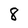
Character: 8